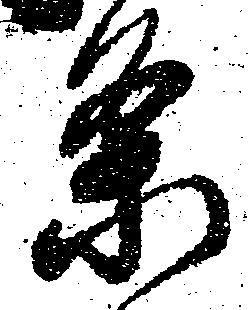
条